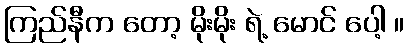
ကြည်နီက တော့ မိုးမိုး ရဲ့ မောင် ပေါ့ ။